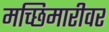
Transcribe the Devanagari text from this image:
मच्छिमारीवर